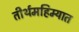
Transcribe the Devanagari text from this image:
तीर्थमहिम्यात